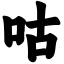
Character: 咕